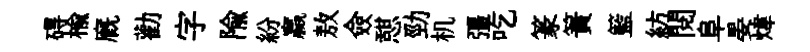
碍榆廐勸字隃紛贏敖僉憇勁机彊吃篆簀籃紡閲阜晏煒